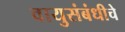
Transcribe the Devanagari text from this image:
वायुसंबंधीचे